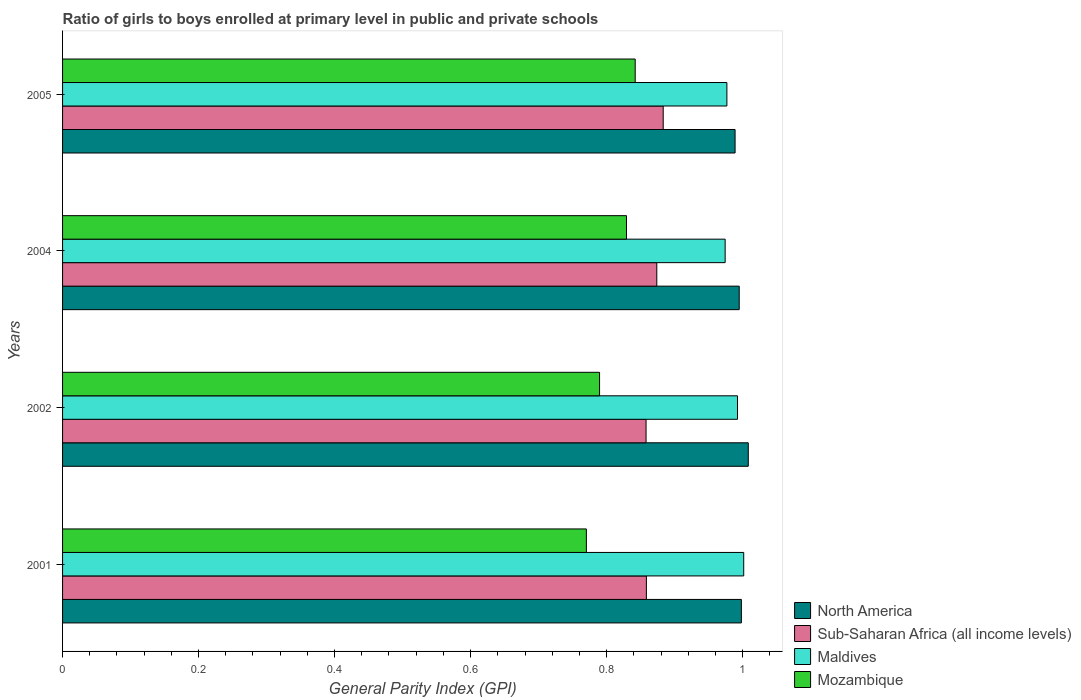
| Years | North America | Sub-Saharan Africa (all income levels) | Maldives | Mozambique |
 | --- | --- | --- | --- | --- |
 | 2001 | 0.998 | 0.859 | 1 | 0.77 |
 | 2002 | 1.01 | 0.858 | 0.993 | 0.79 |
 | 2004 | 0.995 | 0.874 | 0.974 | 0.829 |
 | 2005 | 0.989 | 0.883 | 0.977 | 0.842 |